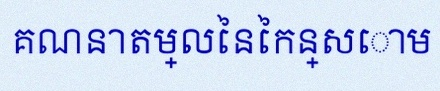
គណនាតម្លៃនៃកន្សោម